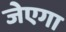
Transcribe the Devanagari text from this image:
जेएगा